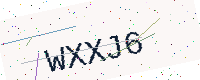
Text: WXXJ6